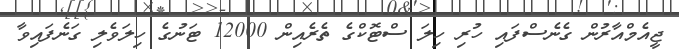
ޖީއެމްއާރުން ގެނެސްފައި ހުރި ހިލަ ސްޓޮކްގެ ތެރެއިން 12000 ޓަނުގެ ހިލަވެލި ގަނެފައިވާ